Vaccination in the Punjab 1867-1880 - 1867-1880
Year: 1867
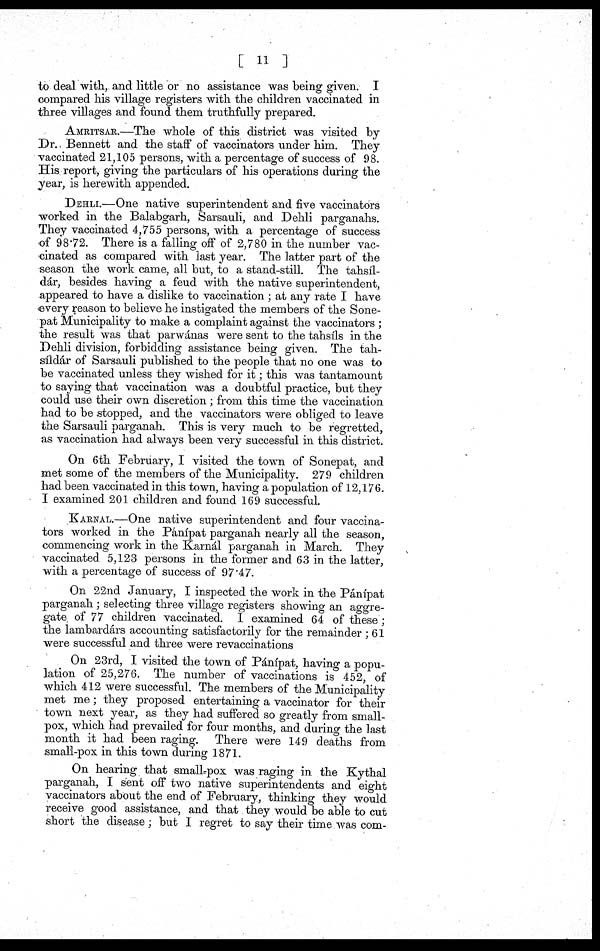
[ 11 ]
to deal with, and little or no assistance was being given. I
compared his village registers with the children vaccinated in
three villages and found them truthfully prepared.
AMRITSAR.—The whole of this district was visited by
Dr. Bennett and the staff of vaccinators under him. They
vaccinated 21,105 persons, with a percentage of success of 98.
His report, giving the particulars of his operations during the
year, is herewith appended.
DEHLI.—One native superintendent and five vaccinators
worked in the Balabgarh, Sarsauli, and Dehli parganahs.
They vaccinated 4,755 persons, with a percentage of success
of 98.72. There is a falling off of 2,780 in the number vac¬
cinated as compared with last year. The latter part of the
season the work came, all but, to a stand-still. The tahsíl-
dár, besides having a feud with the native superintendent,
appeared to have a dislike to vaccination ; at any rate I have
every reason to believe he instigated the members of the Sone-
pat Municipality to make a complaint against the vaccinators ;
the result was that parwánas were sent to the tahsíls in the
Dehli division, forbidding assistance being given. The tah-
síldár of Sarsauli published to the people that no one was to
be vaccinated unless they wished for it; this was tantamount
to saying that vaccination was a doubtful practice, but they
could use their own discretion; from this time the vaccination
had to be stopped, and the vaccinators were obliged to leave
the Sarsauli parganah. This is very much to be regretted,
as vaccination had always been very successful in this district.
On 6th February, I visited the town of Sonepat, and
met some of the members of the Municipality. 279 children
had been vaccinated in this town, having a population of 12,176.
I examined 201 children and found 169 successful.
KARNAL.—One native superintendent and four vaccina¬
tors worked in the Pánípat parganah nearly all the season,
commencing work in the Karnál parganah in March. They
vaccinated 5,123 persons in the former and 63 in the latter,
with a percentage of success of 97.47.
On 22nd January, I inspected the work in the Pánípat
parganah ; selecting three village registers showing an aggre¬
gate of 77 children vaccinated. I examined 64 of these ;
the lambardárs accounting satisfactorily for the remainder ; 61
were successful and three were revaccinations
On 23rd, I visited the town of Pánípat, having a popu¬
lation of 25,276. The number of vaccinations is 452, of
which 412 were successful. The members of the Municipality
met me; they proposed entertaining a vaccinator for their
town next year, as they had suffered so greatly from small-
pox, which had prevailed for four months, and during the last
month it had been raging. There were 149 deaths from
small-pox in this town during 1871.
On hearing that small-pox was raging in the Kythal
parganah, I sent off two native superintendents and eight
vaccinators about the end of February, thinking they would
receive good assistance, and that they would be able to cut
short the disease; but I regret to say their time was com-